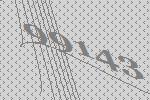
99143